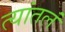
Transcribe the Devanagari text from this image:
त्यांतलं